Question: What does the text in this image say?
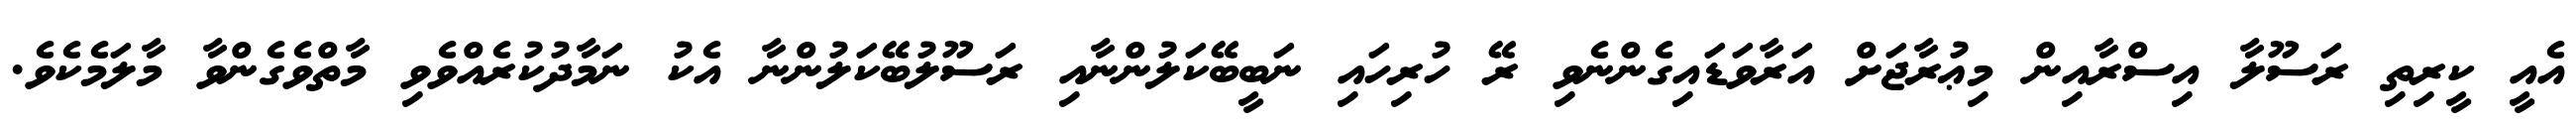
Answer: އެއީ ކީރިތި ރަސޫލާ އިސްރާއިން މިޢުރާޖަށް އަރާވަޑައިގެންނެވި ރޭ ހުރިހައި ނަބީބޭކަލުންނާއި ރަސޫލުބޭކަލުންނާ އެކު ނަމާދުކުރެއްވެވި މާތްވެގެންވާ މާލަމެކެވެ.